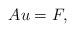
LaTeX: \begin{align*}A u =F, \end{align*}